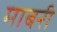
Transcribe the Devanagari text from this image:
माबरी